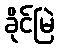
ခိုင်မြဲ